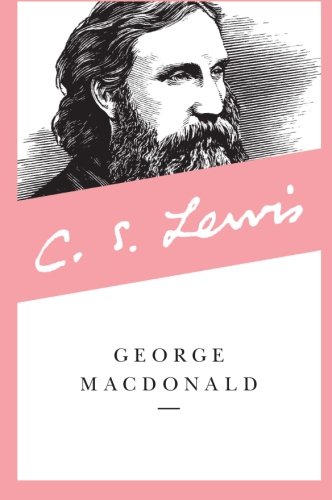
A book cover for George MacDonald: An Anthology 365 Readings; George MacDonald; Literature & Fiction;